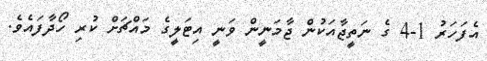
އެފަހަރު 1-4 ގެ ނަތީޖާއަކުން ޖާމަނީން ވަނީ އިޓަލީގެ މައްޗަށް ކުރި ހޯދާފައެވެ.